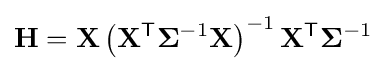
\mathbf {H} =\mathbf {X} \left(\mathbf {X} ^{\textsf {T}}\mathbf {\Sigma } ^{-1}\mathbf {X} \right)^{-1}\mathbf {X} ^{\textsf {T}}\mathbf {\Sigma } ^{-1}